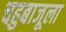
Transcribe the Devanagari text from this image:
चहुबाजूला